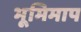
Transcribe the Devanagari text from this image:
भूमिमाप